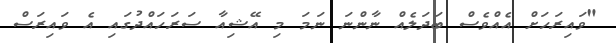
"ވައިރަހަށް އެއްވެސް ބަދަލެއް ނާންނަ ނަމަ މި އޭޝިއާ ސަރަހައްދުގައި އެ ވައިރަސް